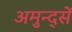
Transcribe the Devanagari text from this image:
अमुन्द्सें